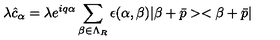
\lambda \hat { c } _ { \alpha } = \lambda e ^ { i q \alpha } \sum _ { \beta \in \Lambda _ { R } } \epsilon ( \alpha , \beta ) | \beta + \bar { p } > < \beta + \bar { p } |